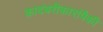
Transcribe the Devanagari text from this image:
कादंबरीकारांपैकी